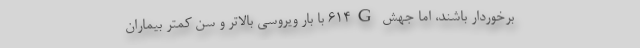
برخوردار باشند، اما جهش ۶۱۴G با بار ویروسی بالاتر و سن کمتر بیماران